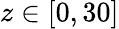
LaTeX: z\in[0,30]